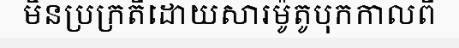
មិនប្រក្រតីដោយសារម៉ូតូបុកកាលពី